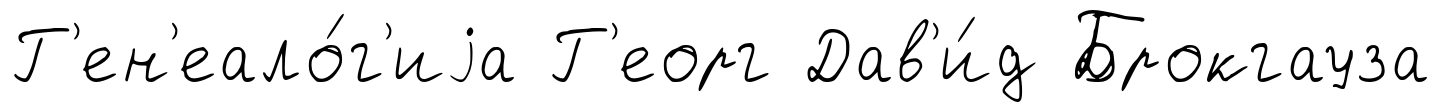
Г'ен'еало́г'иjа Г'еорг Дав'и́д Брокгауза